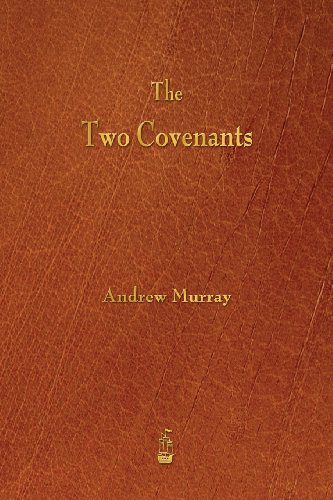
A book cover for The Two Covenants; Andrew Murray; Christian Books & Bibles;